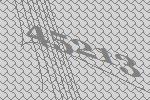
45213